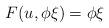
LaTeX: \begin{align*}F(u,\phi\xi) = \phi\xi\end{align*}